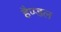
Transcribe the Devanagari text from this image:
हैण्डल